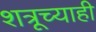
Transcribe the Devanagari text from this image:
शत्रूच्याही